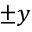
\pm y